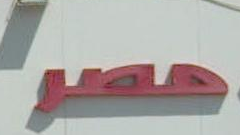
حصرا